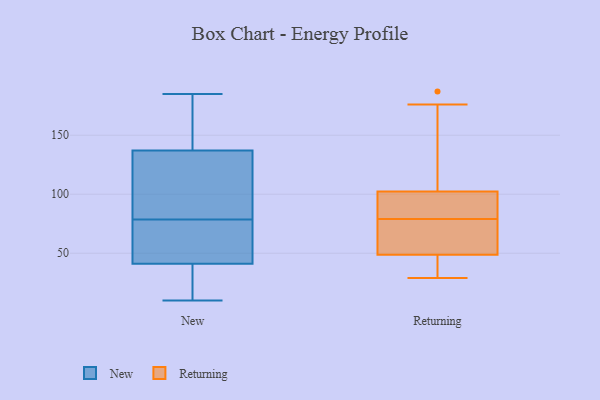
{"axis": {"x": "Market Share (%)", "y": "Value"}, "legend": ["New", "Returning"], "data": [{"x": "", "y": 143, "type": "New"}, {"x": "", "y": 185, "type": "New"}, {"x": "", "y": 168, "type": "New"}, {"x": "", "y": 14, "type": "New"}, {"x": "", "y": 63, "type": "New"}, {"x": "", "y": 121, "type": "New"}, {"x": "", "y": 83, "type": "New"}, {"x": "", "y": 108, "type": "New"}, {"x": "", "y": 16, "type": "New"}, {"x": "", "y": 174, "type": "New"}, {"x": "", "y": 131, "type": "New"}, {"x": "", "y": 74, "type": "New"}, {"x": "", "y": 10, "type": "New"}, {"x": "", "y": 70, "type": "New"}, {"x": "", "y": 34, "type": "New"}, {"x": "", "y": 48, "type": "New"}, {"x": "", "y": 126, "type": "Returning"}, {"x": "", "y": 176, "type": "Returning"}, {"x": "", "y": 35, "type": "Returning"}, {"x": "", "y": 99, "type": "Returning"}, {"x": "", "y": 86, "type": "Returning"}, {"x": "", "y": 67, "type": "Returning"}, {"x": "", "y": 70, "type": "Returning"}, {"x": "", "y": 187, "type": "Returning"}, {"x": "", "y": 51, "type": "Returning"}, {"x": "", "y": 79, "type": "Returning"}, {"x": "", "y": 53, "type": "Returning"}, {"x": "", "y": 31, "type": "Returning"}, {"x": "", "y": 100, "type": "Returning"}, {"x": "", "y": 103, "type": "Returning"}, {"x": "", "y": 46, "type": "Returning"}, {"x": "", "y": 48, "type": "Returning"}, {"x": "", "y": 141, "type": "Returning"}, {"x": "", "y": 29, "type": "Returning"}, {"x": "", "y": 79, "type": "Returning"}]}